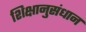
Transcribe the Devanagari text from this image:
शिक्षानुसंधान